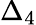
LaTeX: \Delta_{4}